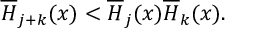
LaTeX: \overline { { { H } } } _ { j + k } ( x ) < \overline { { { H } } } _ { j } ( x ) \overline { { { H } } } _ { k } ( x ) .